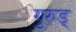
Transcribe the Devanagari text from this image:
गुरुड्